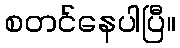
စတင်နေပါပြီ။